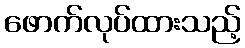
ဖောက်လုပ်ထားသည့်